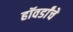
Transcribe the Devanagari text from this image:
हॉवर्डांचे